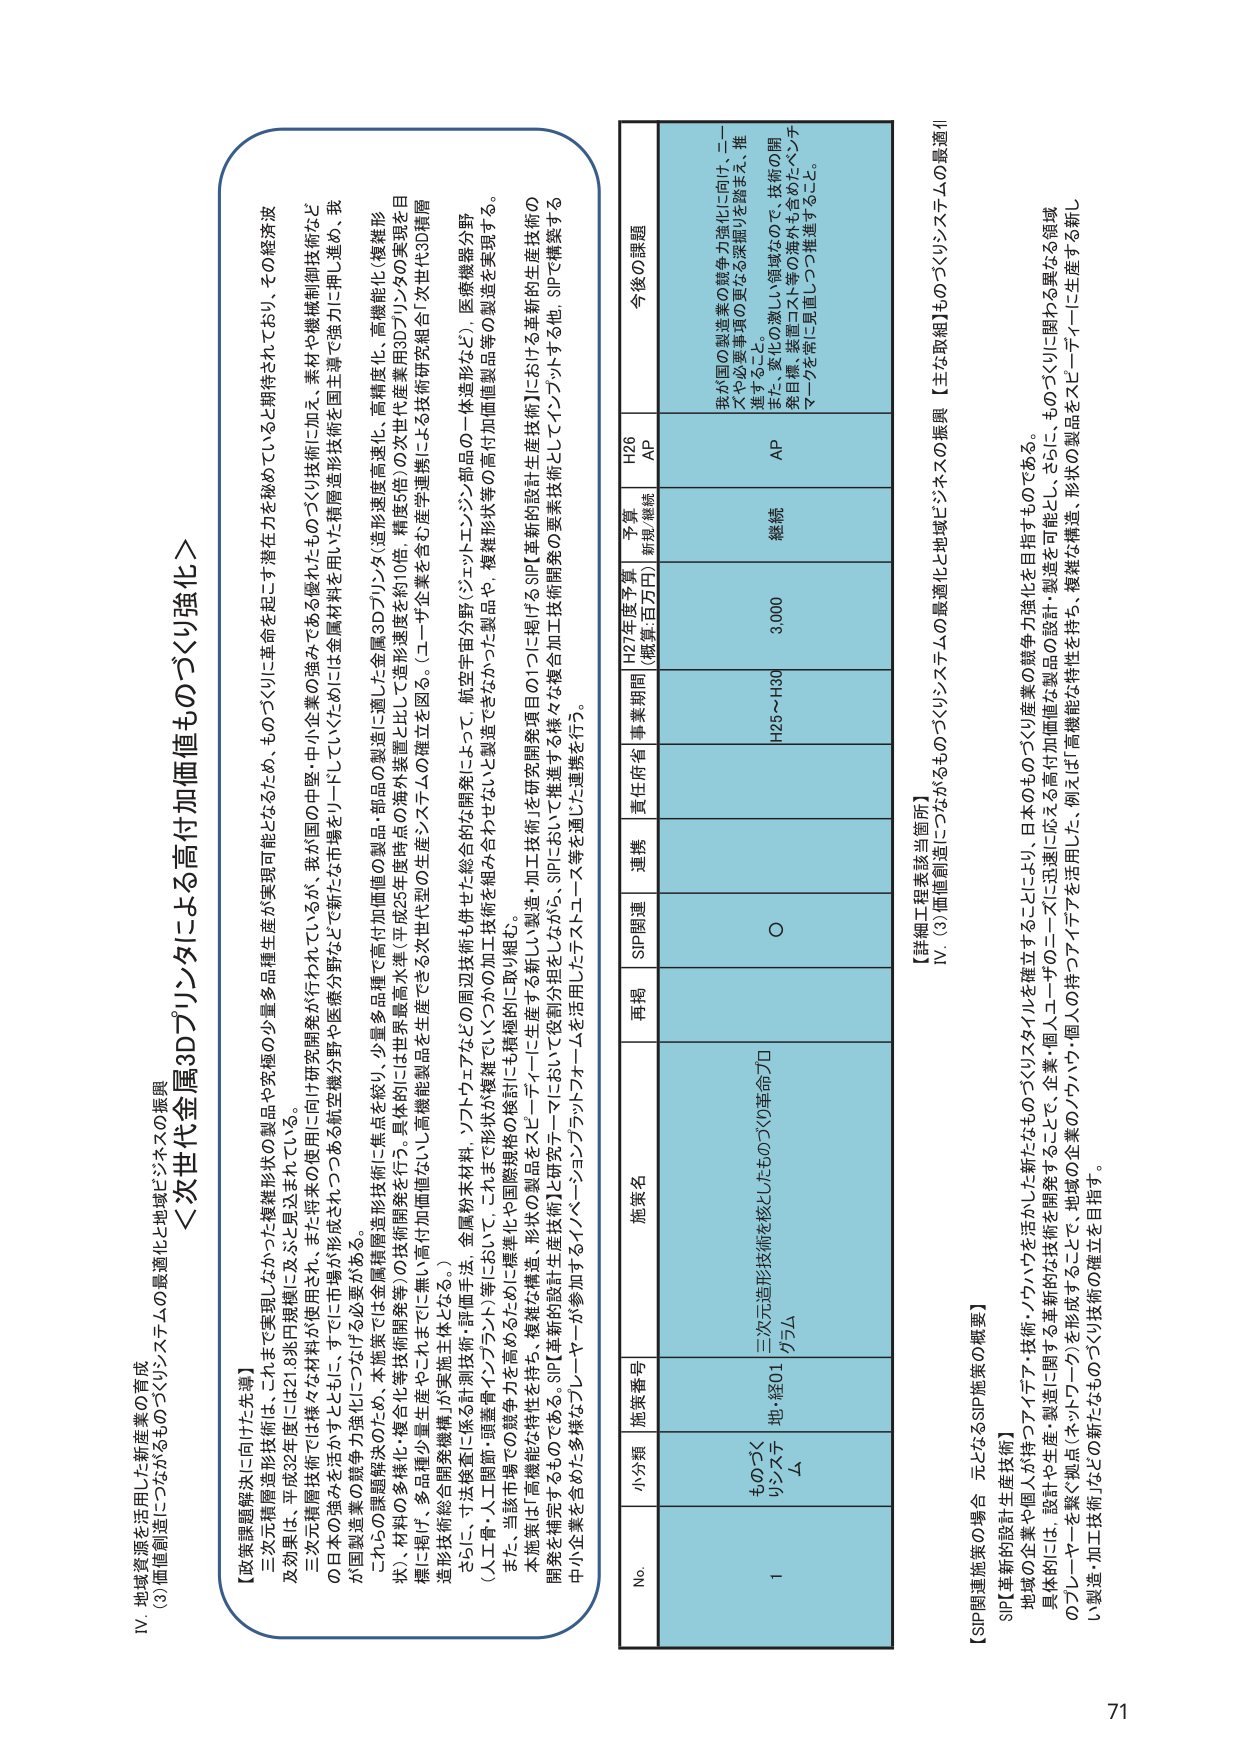
IV. 地域資源を活用した新産業の育成
(3) 価値創造につながるものづくりシステムの最適化と地域ビジネスの振興

＜次世代金属3Dプリンタによる高付加価値ものづくり強化＞

【政策課題解決に向けた先導】
三次元積層造形技術は、これまで実現しがたかった複雑形状の製品や究極の少量多品種生産が実現可能となるため、ものづくりに革命を起こす潜在力が秘めていると期待されており、その経済波及効果は、平成32年度には21.8兆円規模に及ぶと見込まれている。
三次元積層造形技術は、これまで採用され、また将来の使用に向け研究開発が行われているが、我が国の中堅・中小企業の強みである優れたものづくり技術に加え、素材や機構制御技術など の日本の強みを活かすとともに、すでに市場が形成されている航空機分野や医療分野など新たな市場をリードしていくためには金属材料を用いた積層造形技術を国主導で強力に押し進め、我 が国製造業の競争力強化につなげる必要がある。
これら の課題解決のため、本施策では金属積層造形技術に焦点を絞り、少量多品種で高付加価値の製品・部品の製造に適した金属3Dプリンタ（造形速度高速化、高精度化、高機能化（複雑形状）、材料の多様化・複合化等技術開発等）の技術開発を行う。具体的には世界最高水準（平成25年度時点の海外装置と比して造形速度を約10倍、精度5倍）の次世代産業用3Dプリンタの実現を目 標に掲げ、多品種少量生産やこうした高機能製品を生産できる次世代型の生産システムの確立を図る。（ユーザ企業を含む産学連携による技術研究組合「次世代3D積層 造形技術総合開発機構」が実施主体となる。）
さらに、寸法検査に係る計測技術、評価手法、金属粉末材料、ソフトウェアなどの周辺技術も併せて総合的な開発によって、航空宇宙分野（ジェットエンジン部品の一体造形など）、医療機器分野 （人工骨・人工関節・頭蓋骨インプラント）等において、これまで形状が複雑でいつつかの加工技術を組み合わせないと製造できなかった製品や、複雑形状等の高付加価値製品等の製造を実現する。
また、当該市場での競争力を高めるために、標準化や国際規格に取り組む。
本施策は「高機能な特性を持ち、複雑な構造、形状の製品をスピーディーに生産する新しい製造・加工技術」を研究開発項目の1つに掲げるSIP「革新的設計生産技術」における革新的生産技術の 開発を補完するものである。SIP「革新的設計生産技術」と研究テーマにおいて役割分担をしながら、SIPにおいて推進する様々な複合加工技術開発の要素技術としてインプットする他、SIPで構築する 中小企業を含めた多様なプレーヤーが参加するイノベーションプラットフォームを活用したテストユーザー等を通じた連携を行う。

No. 小分類 施策番号 施策名 再掲 SIP関連 連携 責任府省 事業期間 H27年度予算 （概算:百万円） 予算 新規/継続 H26 AP 今後の課題
1 ものづくりシステム 地:経01 三次元造形技術を核としたものづくり革命プロ グラム ○ H25～H30 3,000 継続 AP 我が国の製造業の競争力強化に向け、ニーズや必要事項の更なる深掘りを踏まえ、推進すること。
また、変化の激しい領域なので、技術の開発目標、装置コスト等の海外も含めたベンチマークを常に見直しつつ推進すること。

【詳細工程表該当箇所】
IV. (3) 価値創造につながるものづくりシステムの最適化と地域ビジネスの振興【主な取組】ものづくりシステムの最適化

【SIP関連施策の場合 元となるSIP施策の概要】
SIP「革新的設計生産技術」
地域の企業や個人が持つアイデア・技術・ノウハウを活かした新たなものづくりスタイルを確立することにより、日本のものづくり産業の競争力強化を目指すものである。
具体的には、設計や生産・製造に関する革新的な技術を開発することで、企業・個人・ユーザーに迅速に応える高付加価値な製品の設計・製造を可能とし、ものづくりに関わる異なる領域 のプレーヤーを繋ぐ拠点（ネットワーク）を形成するとともに、地域の企業のアイデア・個人の持つアイデアを活用した、例えば「高機能な特性を持ち、複雑な構造、形状の製品をスピーディーに生産する新し い製造・加工技術」などの新たなものづくり技術の確立を目指す。

71